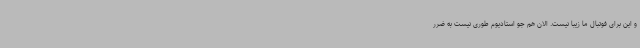
و این برای فوتبال ما زیبا نیست. الان هم جو استادیوم طوری نیست به ضرر